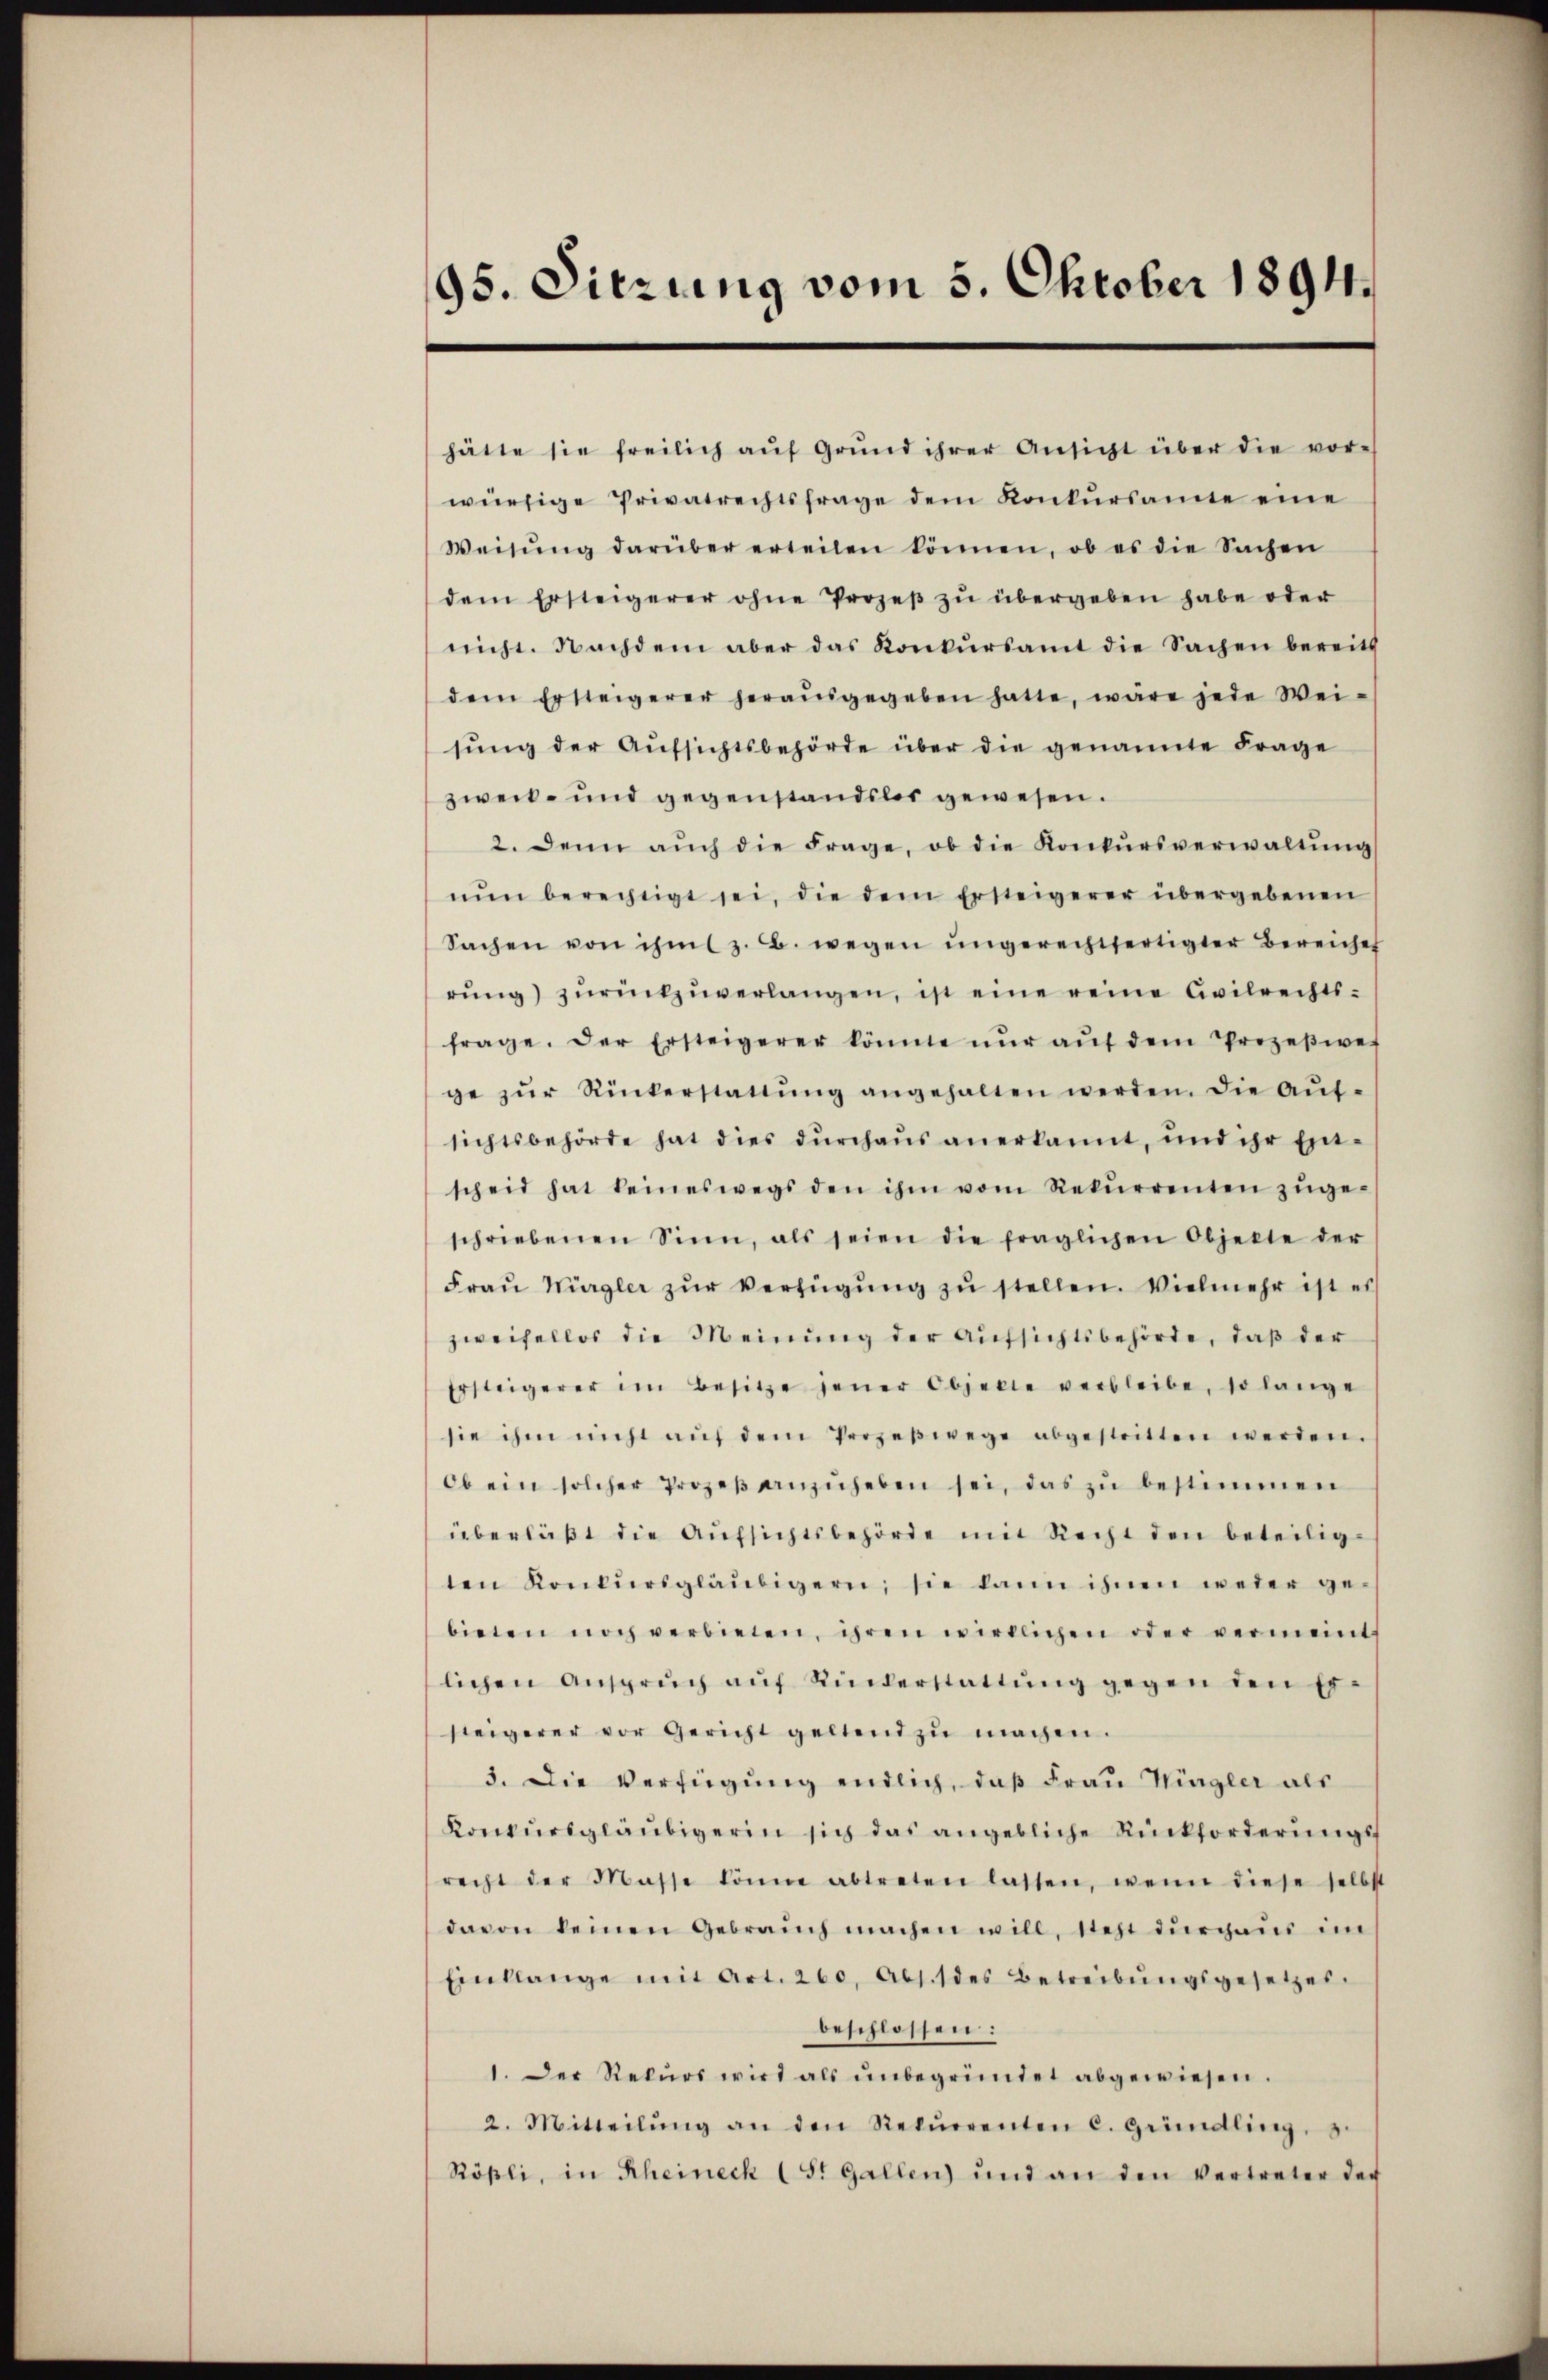
95. Sitzung vom 5. Oktober 1894.

hätte sie freilich aŭf Grŭnd ihrer Ansicht über die vor-
würfige Privatrechtsfrage dem Konkŭrsamte eine
Weisŭng darüber erteilen können, ob es die Sachen
dem Ersteigerer ohne Prozeβ zŭ übergeben habe oder
nicht. Nachdem aber das Konkŭrsamt die Sachen bereits
dem Ersteigerer herausgegeben hatte, wäre jede Wei-
sŭng der Aŭfsichtsbehörde über die genannte Frage
zweit- und gegenstandslos gewesen.
2. Denn aŭch die Frage, ob die Konkŭrsverwaltŭng
nŭn berechtigt sei, die dem Ersteigerer übergebenen
Sachen von ihm z. B. wegen ungerechtfertigter Bereiches
rŭng zŭrückzŭverlangen, ist eine reine Civilrechtsfrage. Der Ersteigerer könnte nŭr aŭf dem Prozeβwes
ge zŭr Rückerstattŭng angehalten werden. Die Aŭf-
sichtsbehörde hat dies dŭrchaus anerkannt, und ihr Ein-
scheid hat keineswegs den ihm vom Rekŭrrenten zŭge-
schriebenen Sinn, als seien die fraglichen Objekte der
Fraŭ Würgler zŭr Verfügŭng zŭ stellen. Vielmehr ist es
zweifellos die Meinung der Aufsichtsbehörde, daß der
Ersteigerer im Besitze jener Objekte verbleibe, so lange
sie ihm nicht aŭf dem Prozeβwege abgestritten werden.
Ob ein solcher Prozeβ anzŭheben sei, das zŭ bestimmen
überläβt die Aŭfsichtsbehörde mit Recht den beteiligten Konkŭrsgläubigern; sie kann ihnen weder ge-
bieten noch verbieten, ihren wirklichen oder vermeint
lichen Ansprŭch aŭf Kinderstattŭng gegen den Er-
steigerer vor Gericht geltend zŭ machen.
3. Die Verfügung endlich, daß Frau Wingler als
Konkŭrsgläubigerin sich das angebliche Rückforderŭngsf
recht der Masse könne abtreten lassen, wenn diese selbst
davon keinen Gebrauch machen will, steht dŭrgaŭs im
Einklange mit Art. 260. Abs. 1 des Betreibŭngsgesetzes.
beschlossen:
1. Der Rekŭrs wird als ŭnbegründet abgewiesen.
2. Mitteilŭng an den Rekŭrrenten c. Gründling. S.
Rößli, in Rheineck (S. Gallen und an den vertreter der